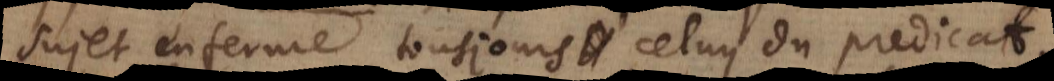
sujet enferme tousjours celuy du predicat,